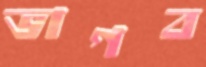
ভাগব